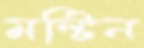
মল্টিন